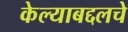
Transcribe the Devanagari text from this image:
केल्याबद्दलचे